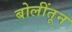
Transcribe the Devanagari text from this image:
बोलींतून